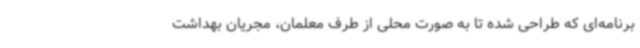
برنامه‌ای که طراحی شده تا به صورت محلی از طرف معلمان، مجریان بهداشت